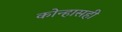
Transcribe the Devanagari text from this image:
कोन्हासही